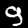
Digit: 9